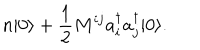
LaTeX: n | 0 \rangle + \frac { 1 } { 2 } M ^ { i j } a _ { i } ^ { \dagger } a _ { j } ^ { \dagger } | 0 \rangle .